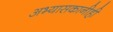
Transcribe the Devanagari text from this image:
अभ्यासकानीही